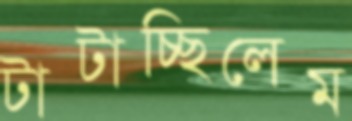
টাটাচ্ছিলেম